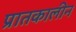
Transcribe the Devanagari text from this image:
प्रातकालीन